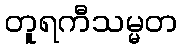
တူရကီသမ္မတ